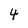
Character: 4